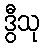
ဒွီသု